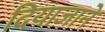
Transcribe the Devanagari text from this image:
दियाजाने